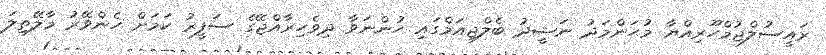
ރައީސުލްޖުމްހޫރިއްޔާ މުޙަންމަދު ނަޝީދު ބެލްޖިއަމްގައި ހުންނަވާ ދިވެހިރާއްޖޭގެ ސަފީރު ކަމަށް ހެންވޭރު މާލޭތިލަ